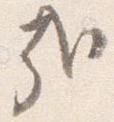
哉